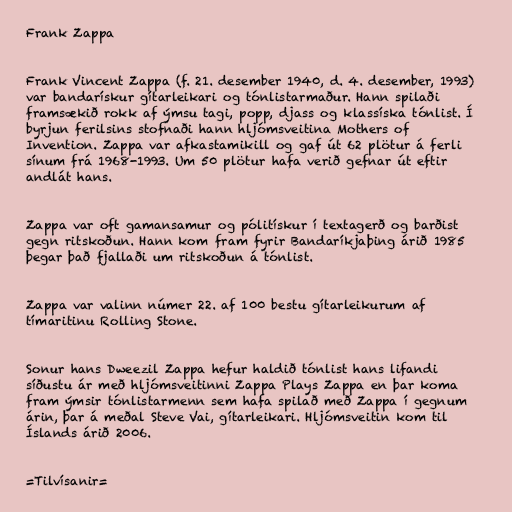
Frank Zappa

Frank Vincent Zappa (f. 21. desember 1940, d. 4. desember, 1993)
var bandarískur gítarleikari og tónlistarmaður. Hann spilaði
framsækið rokk af ýmsu tagi, popp, djass og klassíska tónlist. Í
byrjun ferilsins stofnaði hann hljómsveitina Mothers of
Invention. Zappa var afkastamikill og gaf út 62 plötur á ferli
sínum frá 1968-1993. Um 50 plötur hafa verið gefnar út eftir
andlát hans.

Zappa var oft gamansamur og pólitískur í textagerð og barðist
gegn ritskoðun. Hann kom fram fyrir Bandaríkjaþing árið 1985
þegar það fjallaði um ritskoðun á tónlist.

Zappa var valinn númer 22. af 100 bestu gítarleikurum af
tímaritinu Rolling Stone.

Sonur hans Dweezil Zappa hefur haldið tónlist hans lifandi
síðustu ár með hljómsveitinni Zappa Plays Zappa en þar koma
fram ýmsir tónlistarmenn sem hafa spilað með Zappa í gegnum
árin, þar á meðal Steve Vai, gítarleikari. Hljómsveitin kom til
Íslands árið 2006.

=Tilvísanir=